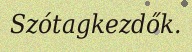
Szótagkezdők.